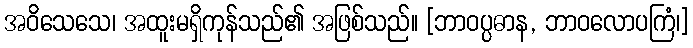
အဝိသေသေ၊ အထူးမရှိကုန်သည်၏ အဖြစ်သည်။ [ဘာဝပ္ပဓာန, ဘာဝလောပကြံ၊]